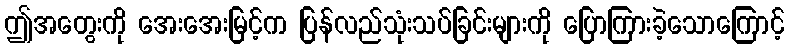
ဤအတွေးကို အေးအေးမြင့်က ပြန်လည်သုံးသပ်ခြင်းများကို ပြောကြားခဲ့သောကြောင့်